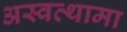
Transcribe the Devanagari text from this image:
अस्वत्थामा